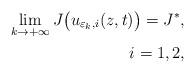
LaTeX: \begin{align*} \lim_{k \rightarrow + \infty}J\big(u_{\varepsilon_{k},i}(z,t)\big) = J^{*},\\ \ \ i=1,2,\end{align*}